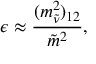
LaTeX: \epsilon \approx \frac { ( m _ { \tilde { \nu } } ^ { 2 } ) _ { 1 2 } } { \tilde { m } ^ { 2 } } ,